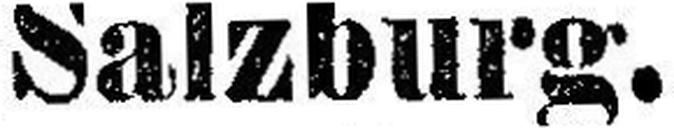
Salzburg.